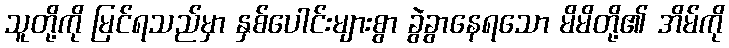
သူတို့ကို မြင်ရသည်မှာ နှစ်ပေါင်းများစွာ ခွဲခွာနေရသော မိမိတို့၏ အိမ်ကို